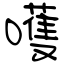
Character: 嚄